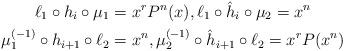
LaTeX: \begin{align*}\ell_1\circ h_i \circ \mu_1&=x^rP^n(x), \ell_1\circ \hat h_i\circ \mu_2=x^n\\\mu_1^{(-1)}\circ h_{i+1} \circ \ell_2&=x^n , \mu_2^{(-1)}\circ \hat h_{i+1}\circ \ell_2=x^rP(x^n)\end{align*}